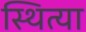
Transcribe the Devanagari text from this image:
स्थित्या